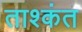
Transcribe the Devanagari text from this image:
ताश्कंत